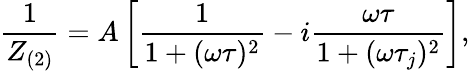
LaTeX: \frac{1}{Z_{(2)}}=A\left[\frac{1}{1+(\omega\tau)^{2}}-i\frac{\omega\tau}{1+(\omega\tau_{j})^{2}}\right],